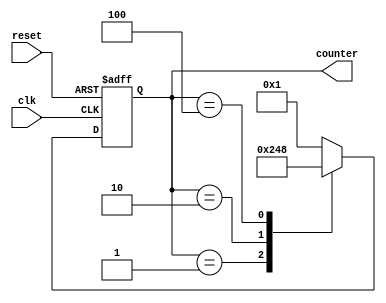
module RingCounter(
    input wire clk,
    input wire reset,
    output reg [3:0] counter
);

reg [3:0] next_state;

always @ (posedge clk or posedge reset) begin
    if (reset) begin
        counter <= 4'b0001;
    end else begin
        counter <= next_state;
    end
end

always @ (*) begin
    case (counter)
        4'b0001: next_state = 4'b0010;
        4'b0010: next_state = 4'b0100;
        4'b0100: next_state = 4'b1000;
        4'b1000: next_state = 4'b0001;
        default: next_state = 4'b0001;
    endcase
end

endmodule